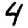
Digit: 4